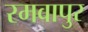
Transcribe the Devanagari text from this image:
रमवापुर